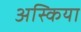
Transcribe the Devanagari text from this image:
अस्किया